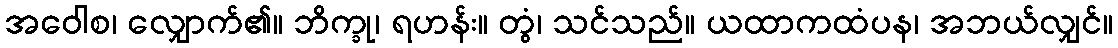
အဝေါစ၊ လျှောက်၏။ ဘိက္ခု၊ ရဟန်း။ တွံ၊ သင်သည်။ ယထာကထံပန၊ အဘယ်လျှင်။